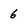
Character: 6